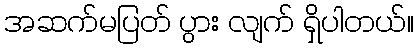
အဆက်မပြတ် ပွား လျက် ရှိပါတယ်။